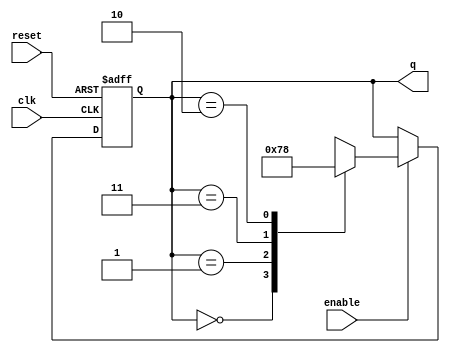
module modified_johnson_counter (
    input wire clk,        // Clock signal
    input wire reset,      // Reset signal
    input wire enable,     // Enable signal
    output reg [1:0] q     // 2-bit output
);

    always @(posedge clk or posedge reset) begin
        if (reset) begin
            // Initialize counter to 00 on reset
            q <= 2'b00;
        end else if (enable) begin
            // Modified Johnson counter state transition logic
            case (q)
                2'b00: q <= 2'b01; // 00 -> 01
                2'b01: q <= 2'b11; // 01 -> 11
                2'b11: q <= 2'b10; // 11 -> 10
                2'b10: q <= 2'b00; // 10 -> 00
                default: q <= 2'b00; // Default case for safety
            endcase
        end
    end
endmodule